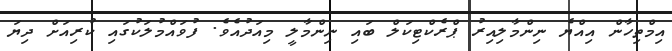
އިމްތިހާން އިއްޔެ ނިންމާލިއިރު ޕްރެކްޓިކަލް ބައި ނިންމާލީ މިއަދުއެވެ. ފުވައްމުލަކުގައި ކުރިއަށް ދިޔަ